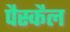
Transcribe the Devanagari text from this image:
पैस्कैल